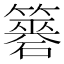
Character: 𥵼